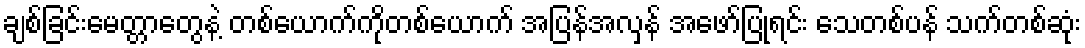
ချစ်ခြင်းမေတ္တာတွေနဲ့ တစ်ယောက်ကိုတစ်ယောက် အပြန်အလှန် အဖော်ပြုရင်း သေတစ်ပန် သက်တစ်ဆုံး